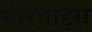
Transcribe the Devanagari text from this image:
मीरवाइस